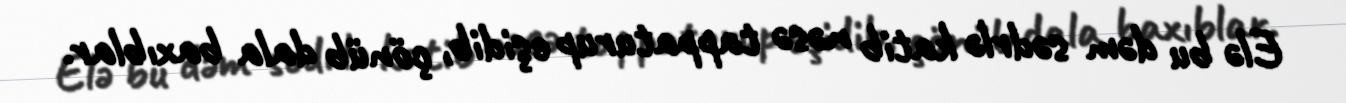
Elə bu dəm sədrlə katib nəsə tappaturup eşidib, çönüb dala baxıblar.